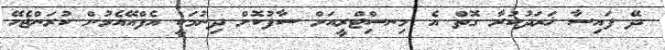
ދޭ ފައިސާ ޚަރަދުކުރާ ގޮތް އެ މިނސިްޓްރީއަށް ސާފުކޮށް ދިނުމަކީ އެފްއޭއެމުން ކުރަންޖެހޭ